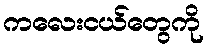
ကလေးငယ်တွေကို